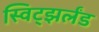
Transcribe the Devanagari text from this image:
स्विट्झर्लंड